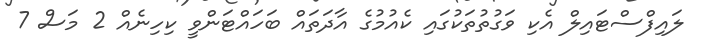
ލައިފްސްޓައިލް އެކި ވަގުތުތަކުގައި ކެއުމުގެ އާދަތައް ބަހައްޓަންވީ ކިހިނެއް 2 މަސް 7